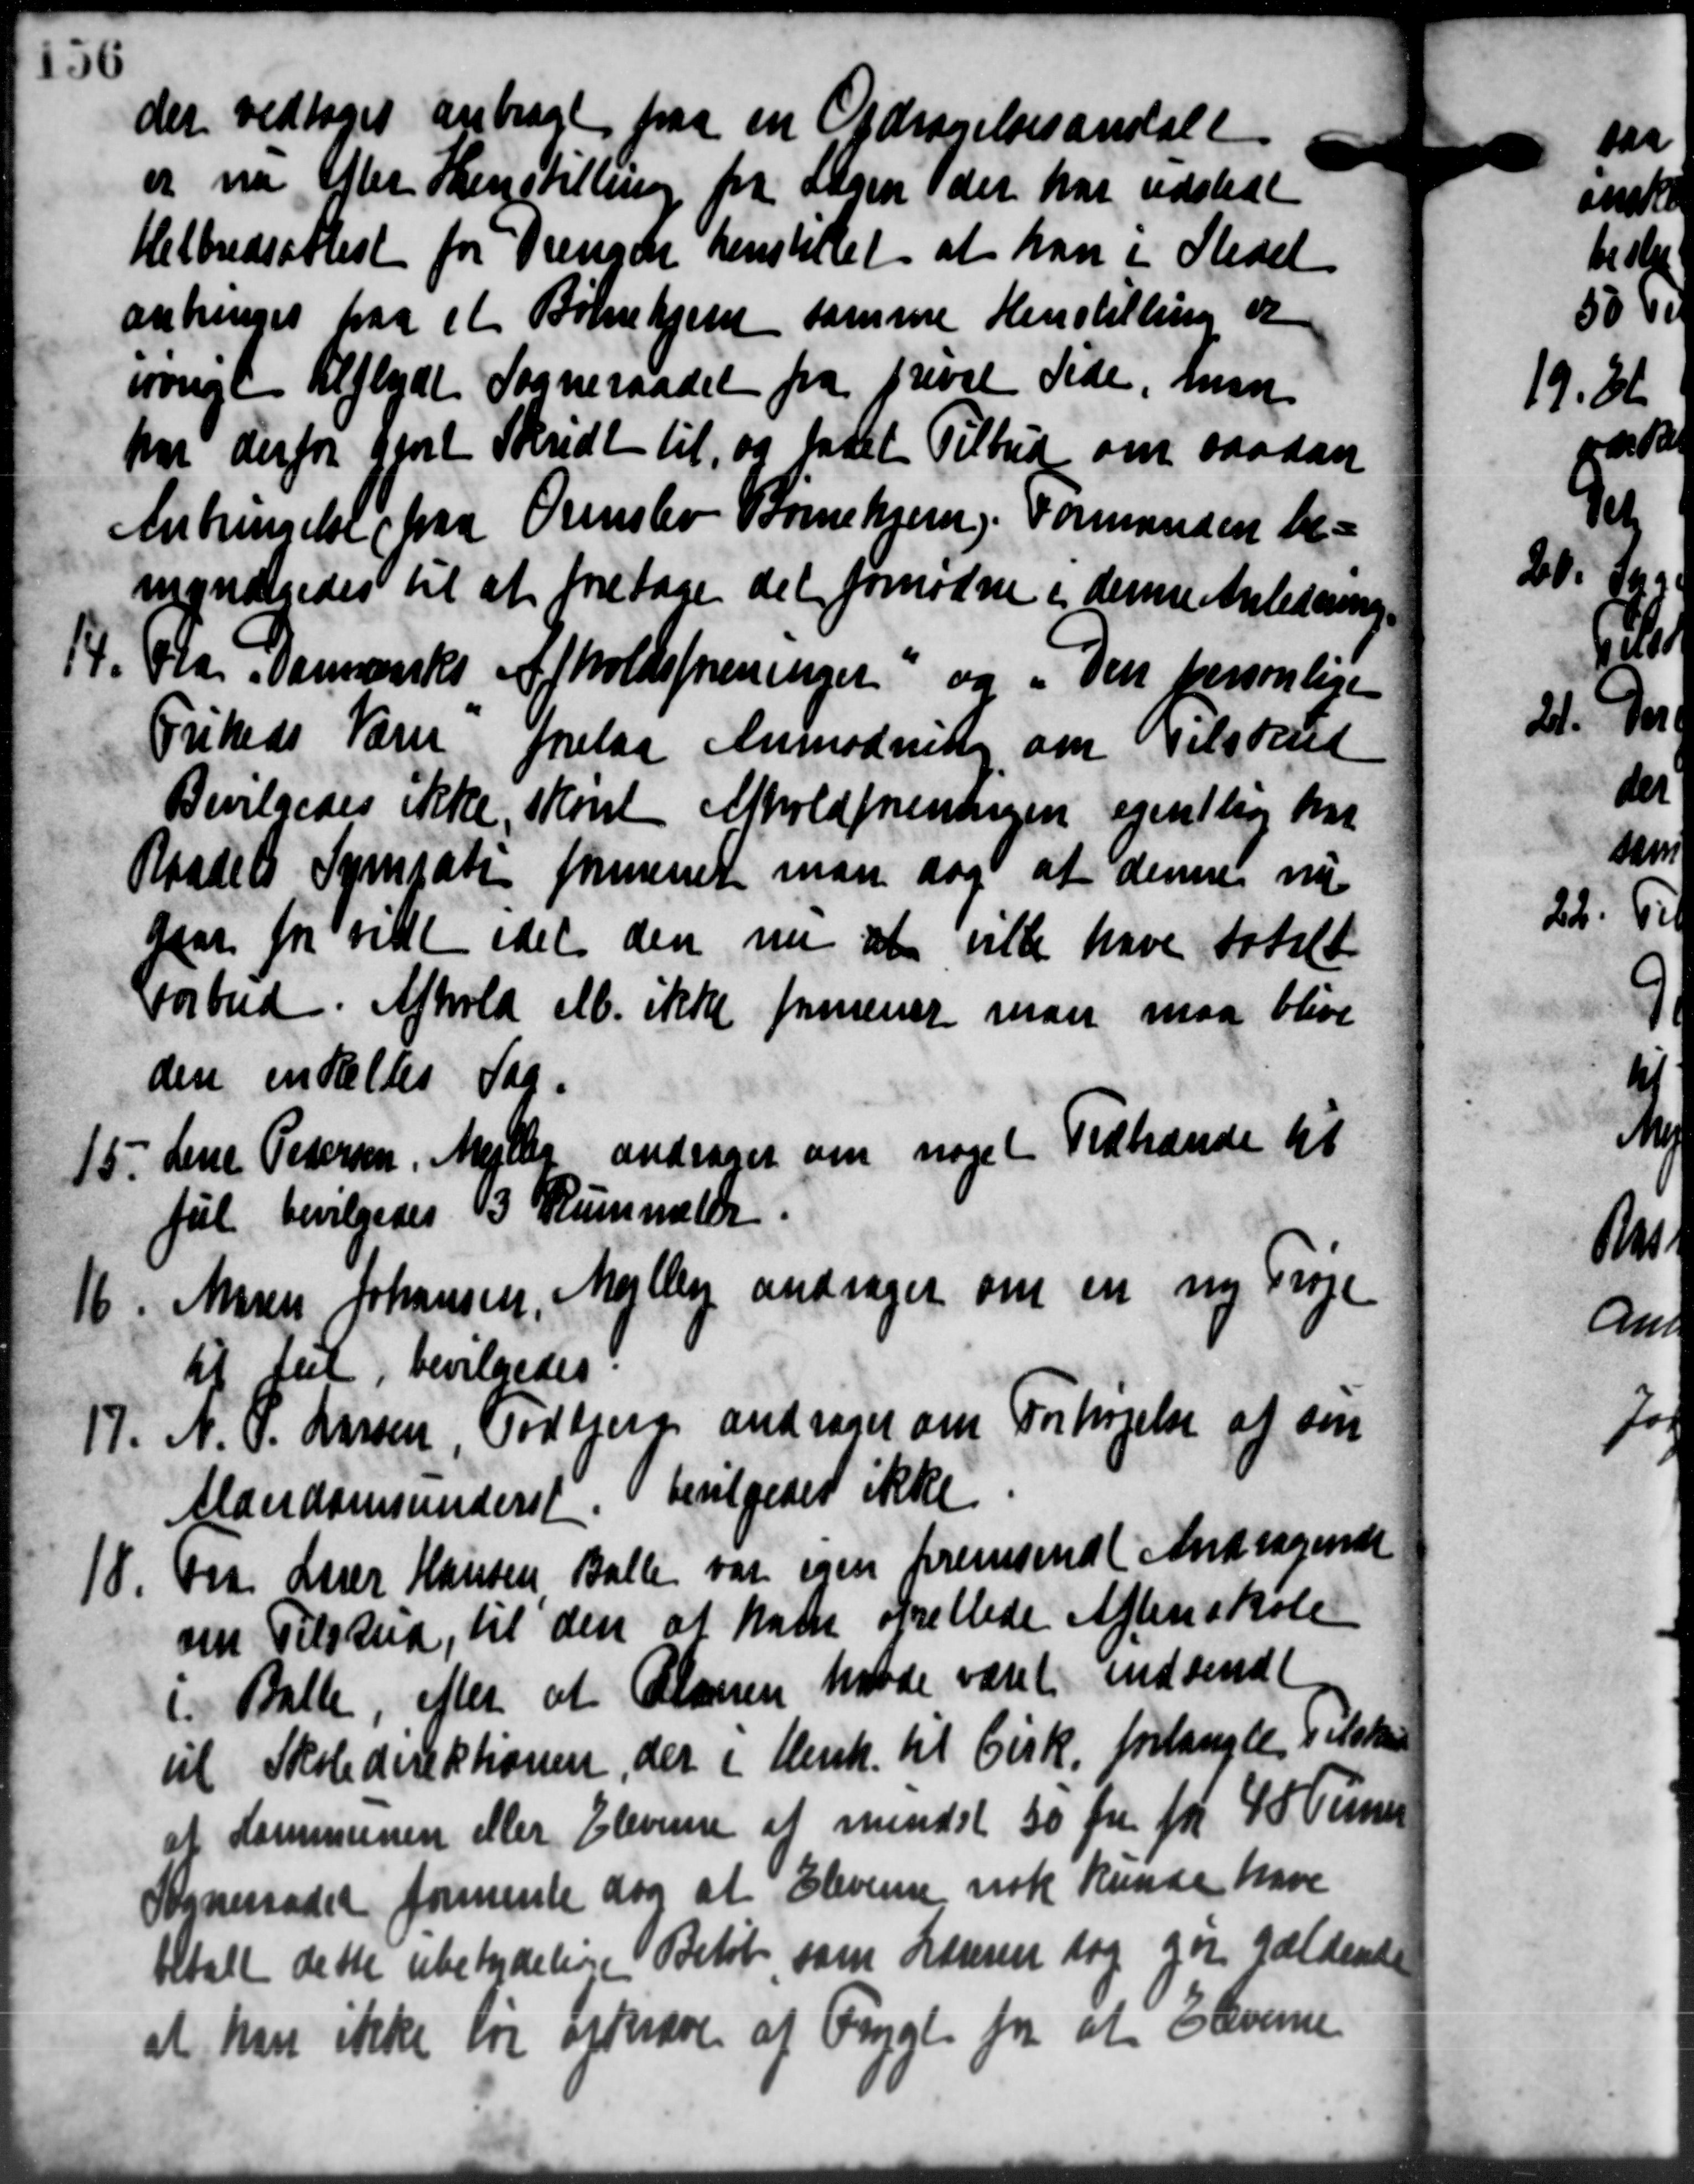
Transskription:
der vedtoges anbragt paa en Ordragelsesanstalt
er nu efter Henstilling fra Sagen der har udstedt
Helbredsattest for Drenge henstillet at han i Stedet
anbringes paa et Børnehjem samme Henstilling er
øvrigt tilflydt Sogneraadet fra privat Side, men
har derfor gjort Skridt til, og ladet Tilbud om saadan
Anbringelse paa Ormslev Børnehjem. Formanden be=
ingvilgedes til at foretage det fornødne i denne Anledning.
14.
Fra Danmarks Afholdsforeninger og i den personlige
Friheds Varer forelaa Anmodning om Tilskud
Bevilgedes ikke skort Afholdforeningen egentlig har
Raadets Sympati formener man dog at denne ny
gaar for vil idet den nu at ville have totalt
Forbud. Afhold Alb. ikke formener man maa blive
den indeeltes Sag.
15. Lene Petersen, Mejlby andrager om noget Udhænde til
15. Lene Petersen, Mejlby andrager om noget Udhænde til
ful bevilgedes 3 Rummeller.
16. Maren Johansen, Mejlby andrager om en ny Trøje
16. Maren Johansen, Mejlby andrager om en ny Trøje
til til, bevilgedes
17. N. P. Larsen, Todbjerg andrager om Forhøjelse af sin
17. N. P. Larsen, Todbjerg andrager om Forhøjelse af sin
Alderdomsunderst bevilgedes ikke
18. Fra Lærer Hansen Balle var igen fremsendt Andragende
18. Fra Lærer Hansen Balle var igen fremsendt Andragende
om Tilskud til den at ham frillede Aftenskole
i Balle, efter at Planen havde været indsendt
til Skoledirektionen, der i Henh. til Cirk forlangte Tilskud
at Kommunen eller Eleverne af mindst 50 Øre for 4 Timer
Sogneraadet formente dog at Eleverne nok kunde have
betalt dette ubetydelige Beløb som Læreren dog gør gældende
at han ikke før Erklære af Frygt for at Eleverne